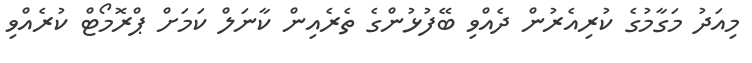
މިއަދު މަގާމުގެ ކުރިއެރުން ދެއްވި ބޭފުޅުންގެ ތެރެއިން ކާނަލް ކަމަށް ޕްރޮމޯޓް ކުރެއްވި